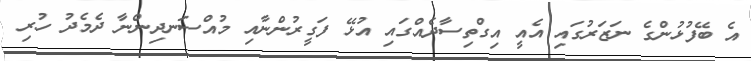
އެ ބޭފުޅުންގެ ނަޒަރުގައި އެއީ އިގްތިސާދެއްގައި އުޅޭ ފަގީރުންނާއި މުއްސަނދިންނާ ދެމެދު ހުރި